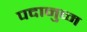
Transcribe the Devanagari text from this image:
पदानुव्म